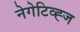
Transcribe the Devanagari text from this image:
नेगेटिव्ह्ज